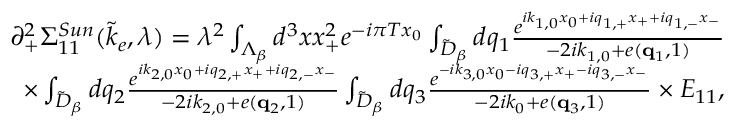
\begin{array} { r l r } & { } & { \partial _ { + } ^ { 2 } \Sigma _ { 1 1 } ^ { S u n } ( \tilde { k } _ { e } , \lambda ) = \lambda ^ { 2 } \int _ { \Lambda _ { \beta } } d ^ { 3 } x x _ { + } ^ { 2 } e ^ { - i \pi T x _ { 0 } } \int _ { \tilde { \cal D } _ { \beta } } d q _ { 1 } \frac { e ^ { i k _ { 1 , 0 } x _ { 0 } + i q _ { 1 , + } x _ { + } + i q _ { 1 , - } x _ { - } } } { - 2 i k _ { 1 , 0 } + e ( { \bf q } _ { 1 } , 1 ) } } \\ & { } & { \times \int _ { \tilde { \cal D } _ { \beta } } d q _ { 2 } \frac { e ^ { i k _ { 2 , 0 } x _ { 0 } + i q _ { 2 , + } x _ { + } + i q _ { 2 , - } x _ { - } } } { - 2 i k _ { 2 , 0 } + e ( { \bf q } _ { 2 } , 1 ) } \int _ { \tilde { \cal D } _ { \beta } } d q _ { 3 } \frac { e ^ { - i k _ { 3 , 0 } x _ { 0 } - i q _ { 3 , + } x _ { + } - i q _ { 3 , - } x _ { - } } } { - 2 i k _ { 0 } + e ( { \bf q } _ { 3 } , 1 ) } \times E _ { 1 1 } , } \end{array}